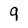
Character: 9